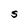
Character: S